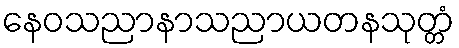
နေဝသညာနာသညာယတနသုတ္တံ